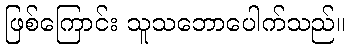
ဖြစ်ကြောင်း သူသဘောပေါက်သည်။